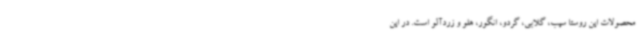
محصولات این روستا سیب، گلابی، گردو، انگور، هلو و زردآلو است. در این